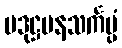
ပဒုဋ္ဌမနသင်္ကပ္ပံ